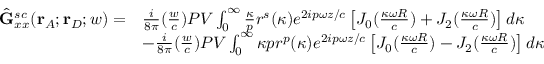
\begin{array} { r l } { \hat { \mathbf { G } } _ { x x } ^ { s c } ( \mathbf { r } _ { A } ; \mathbf { r } _ { D } ; w ) = } & { \frac { i } { 8 { \pi } } ( \frac { w } { c } ) P V \int _ { 0 } ^ { \infty } \frac { \kappa } { p } r ^ { s } ( \kappa ) e ^ { 2 i p { \omega } z / c } \left[ J _ { 0 } ( \frac { \kappa \omega { R } } { c } ) + J _ { 2 } ( \frac { \kappa \omega { R } } { c } ) \right] d { \kappa } } \\ & { - \frac { i } { 8 { \pi } } ( \frac { w } { c } ) P V \int _ { 0 } ^ { \infty } { \kappa } { p } r ^ { p } ( \kappa ) e ^ { 2 i p { \omega } z / c } \left[ J _ { 0 } ( \frac { \kappa \omega { R } } { c } ) - J _ { 2 } ( \frac { \kappa \omega { R } } { c } ) \right] d { \kappa } } \end{array}